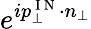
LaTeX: e^{ip_{\perp}^{\mathrm{~I~N~}}\cdot n_{\perp}}